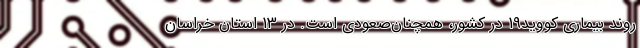
روند بیماری کووید19 در کشور، همچنان‌صعودی است. در 13 استان خراسان